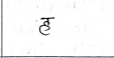
मजकूर: ह